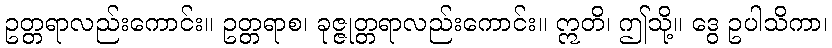
ဥတ္တရာလည်းကောင်း။ ဥတ္တရာစ၊ ခုဇ္ဇုတ္တရာလည်းကောင်း။ ဣတိ၊ ဤသို့။ ဒွေ ဥပါသိကာ၊